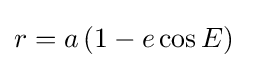
r=a\left(1-e\cos {E}\right)\